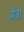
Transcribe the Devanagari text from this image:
मेत्रो